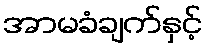
အာမခံချက်နှင့်